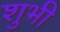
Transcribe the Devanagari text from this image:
शुभी